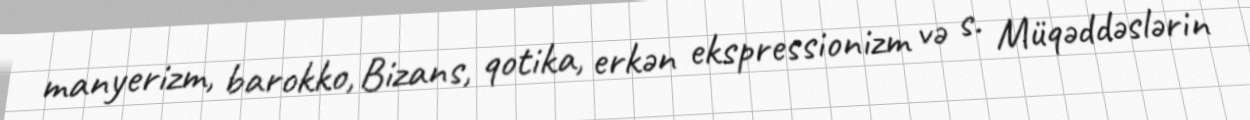
manyerizm, barokko, Bizans, qotika, erkən ekspressionizm və s. Müqəddəslərin